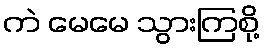
ကဲ မေမေ သွားကြစို့